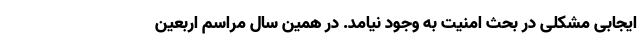
ایجابی مشکلی در بحث امنیت به وجود نیامد. در همین سال مراسم اربعین